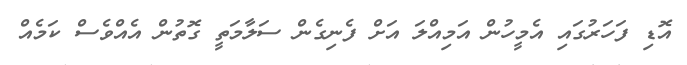
އޮޑި ފަހަރުގައި އެމީހުން އަމިއްލަ އަށް ފެނިގެން ސަލާމަތީ ގޮތުން އެއްވެސް ކަމެއް